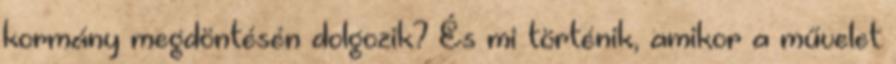
kormány megdöntésén dolgozik? És mi történik, amikor a művelet